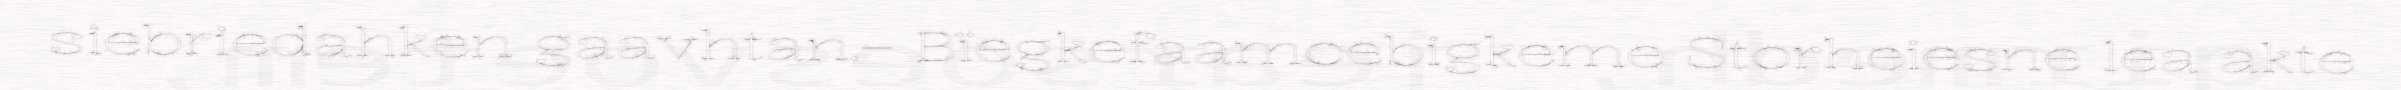
siebriedahken gaavhtan.– Bïegkefaamoebigkeme Storheiesne lea akte